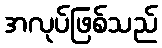
အလုပ်ဖြစ်သည်